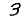
Digit: 3